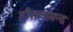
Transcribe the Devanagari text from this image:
हौसलामन्द